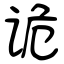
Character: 诡